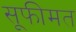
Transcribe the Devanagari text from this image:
सूफीमत